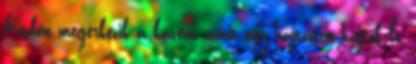
Közben megérkezik a kávém, amit egy hajtásra hajtok le,